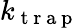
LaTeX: k_{\mathrm{~t~r~a~p~}}